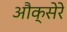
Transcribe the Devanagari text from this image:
औक्सेरे